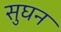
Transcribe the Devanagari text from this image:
सुघन